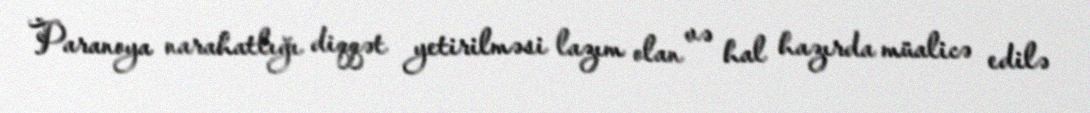
Paranoya narahatlığı diqqət yetirilməsi lazım olan və hal hazırda müalicə edilə